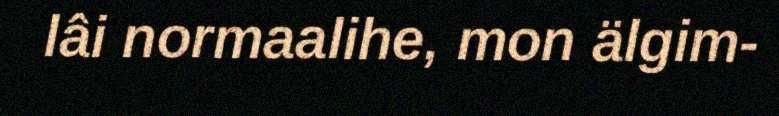
lâi normaalihe, mon älgim-